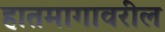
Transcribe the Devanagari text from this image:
हातमागावरील